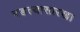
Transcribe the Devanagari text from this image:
पडल्यासारखा